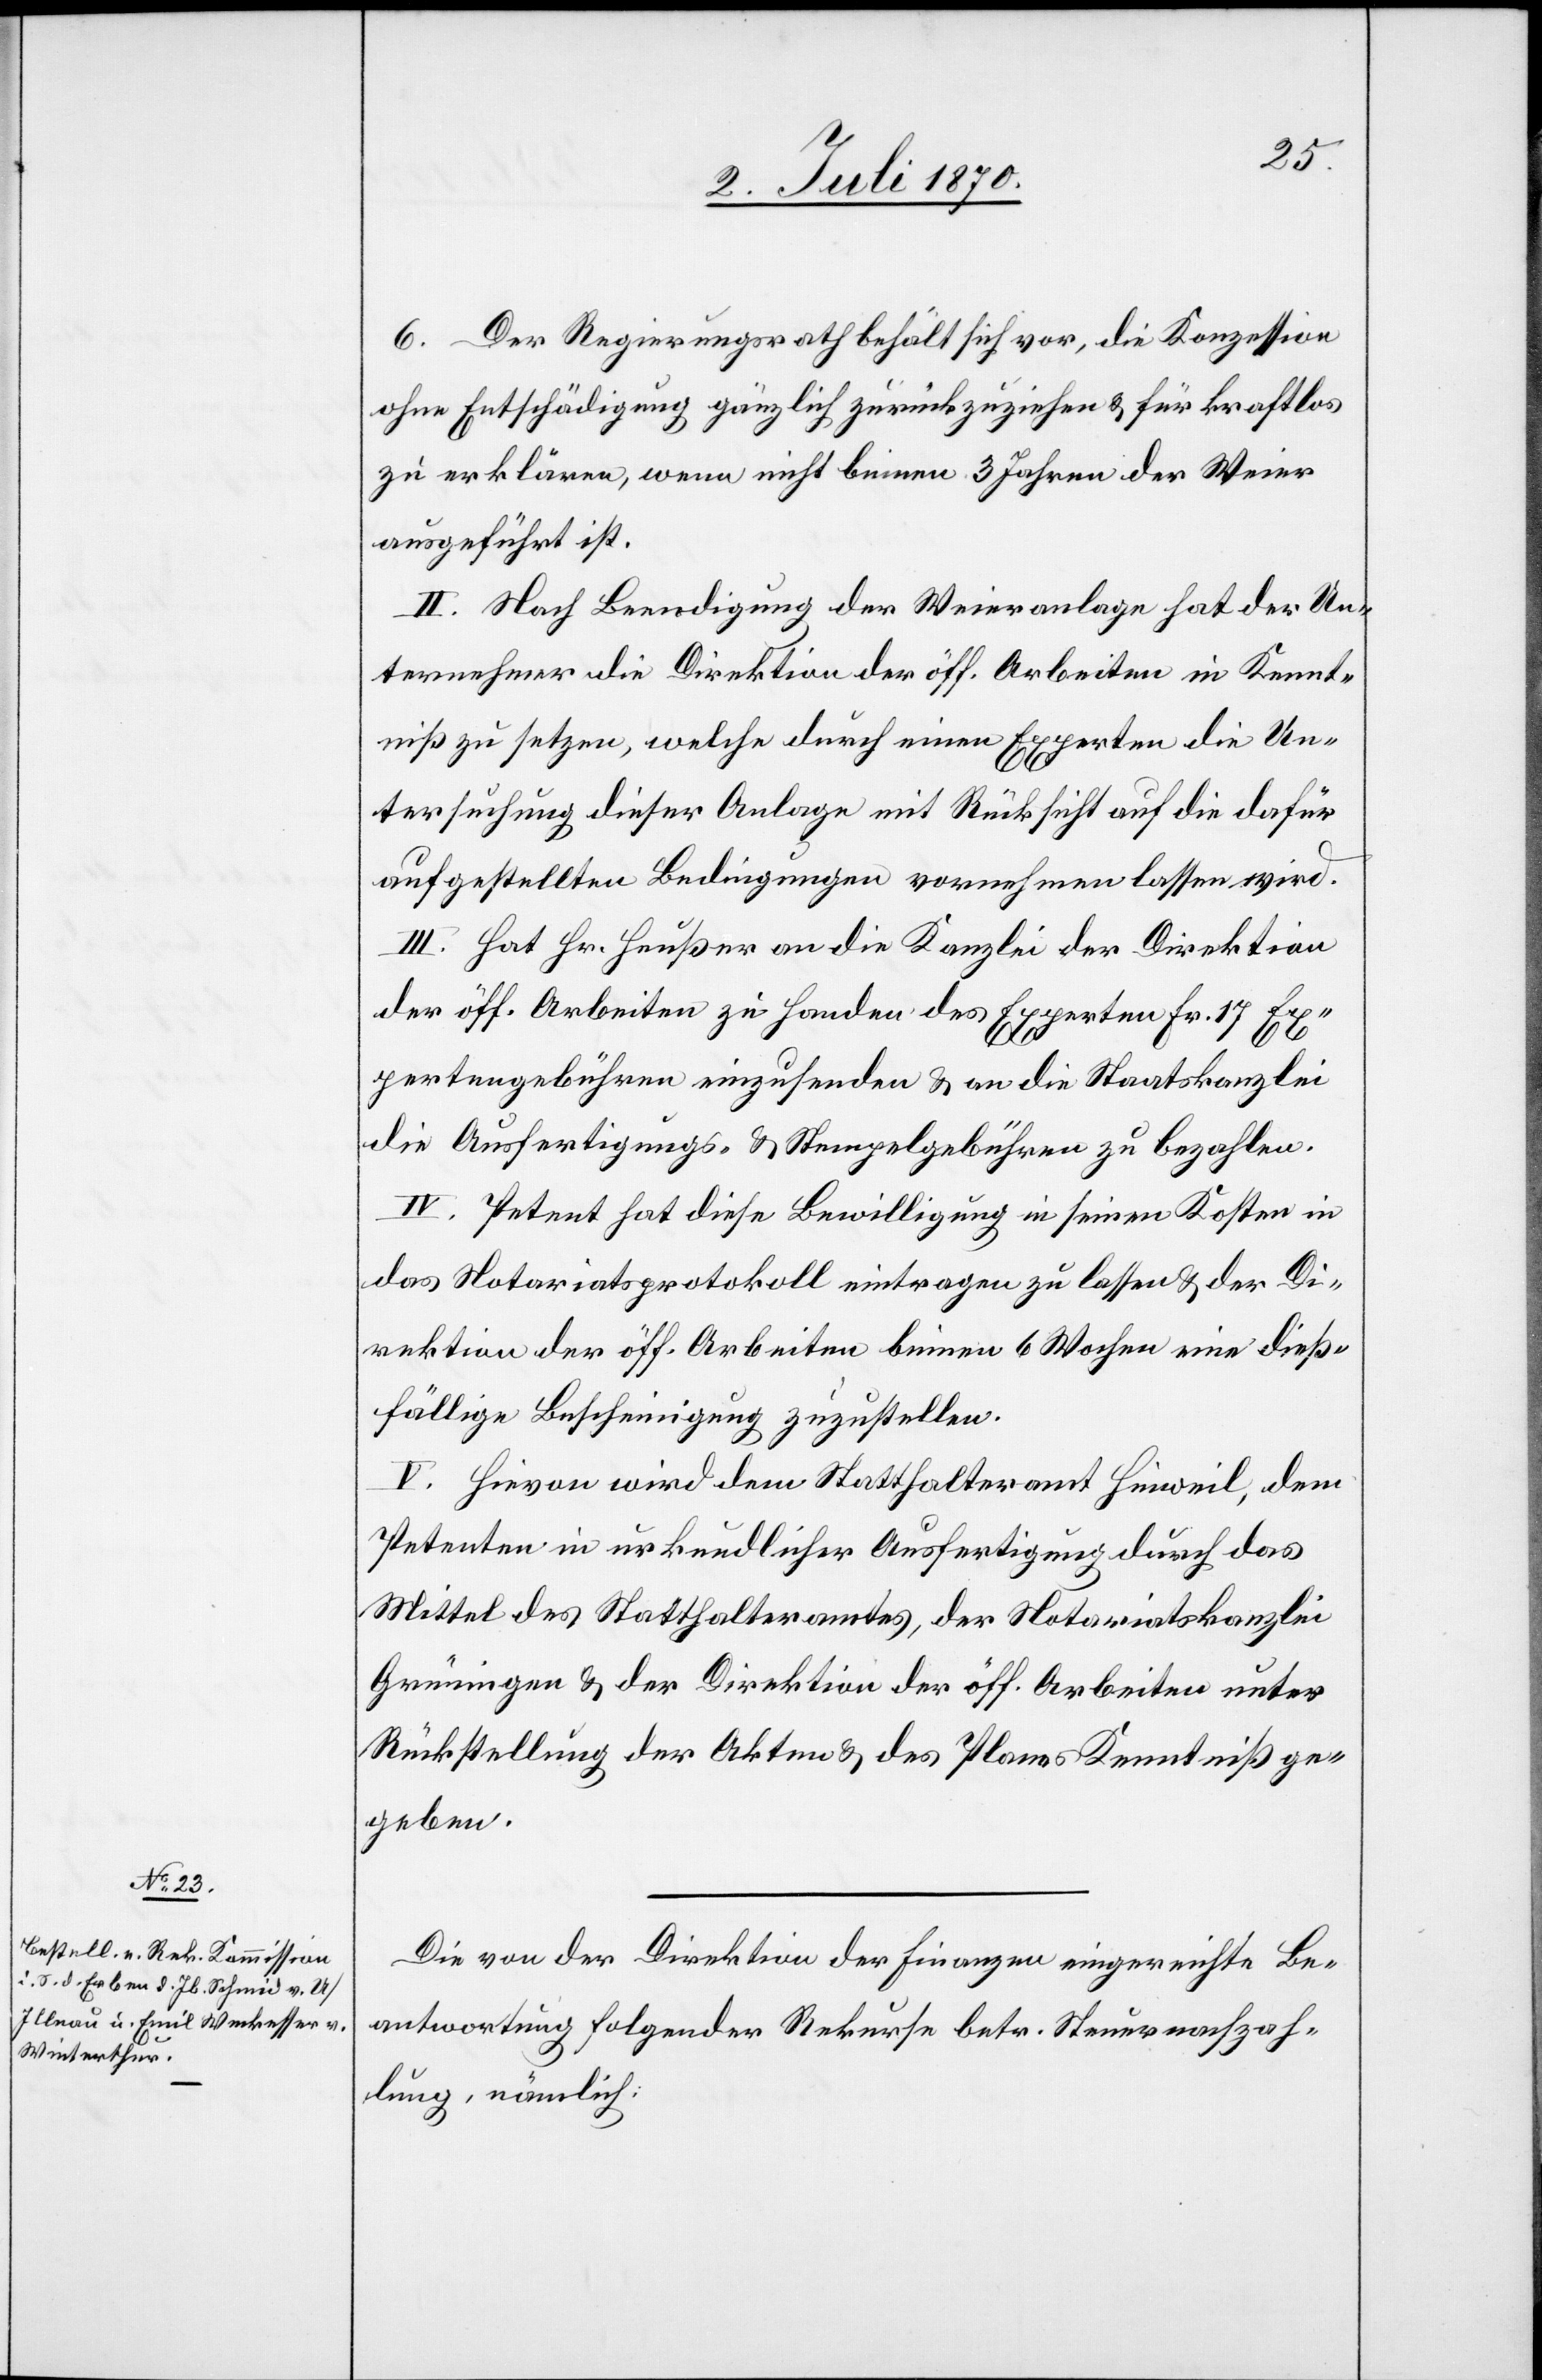
6. Der Regierungsrath behält sich vor, die Konzession
ohne Entschädigung gänzlich zurückzuziehen & für kraftlos
zu erklären, wenn nicht binnen 3 Jahren der Weier
ausgeführt ist.
II. Nach Beendigung der Weieranlage hat der Un¬
ternehmer die Direktion der öff. Arbeiten in Kennt¬
niß zu setzen, welche durch einen Experten die Un¬
tersuchung dieser Anlage mit Rücksicht auf die dafür
aufgestellten Bedingungen vornehmen lassen wird.
III. Hat Hr. Heußer an die Kanzlei der Direktion
der öff. Arbeiten zu Handen des Experten Fr. 17 Ex¬
pertengebühren einzusenden & an die Staatskanzlei
die Ausfertigungs- & Stempelgebühren zu bezahlen.
IV. Petent hat diese Bewilligung in seinen Kosten in
das Notariatsprotokoll eintragen zu lassen & der Di¬
rektion der öff. Arbeiten binnen 6 Wochen eine dieß¬
fällige Bescheinigung zuzustellen.
V. Hievon wird dem Statthalteramt Hinweil, dem
Petenten in urkundlicher Ausfertigung durch das
Mittel des Statthalteramtes, der Notariatskanzlei
Grüningen & der Direktion der öff. Arbeiten unter
Rückstellung der Akten & des Planes Kenntniß ge¬
geben.
Die von der Direktion der Finanzen eingereichte Be¬
antwortung folgender Rekurse betr. Steuernachzah¬
lung, nämlich: